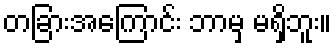
တခြားအကြောင်း ဘာမှ မရှိဘူး။